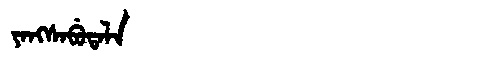
Manchu: ᠶᠠᠩᠰᠠᠪᡠᡨᠠᠯᠠ
Romanization: YANGSABUTALA